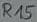
Text: R15